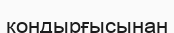
қондырғысынан